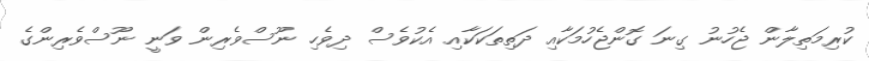
ކުރިމަތިލާން ޖެހުނު ގިނަ ގޮންޖެހުމަކާއި ދަތިތަކަކާއި އެކުވެސް ދިވެހި ނޫސްވެރިން ވަނީ ނޫސްވެރިންގެ